Report of the Indian Hemp Drugs Commission, 1894-1895 - Volume V
Year: 1894
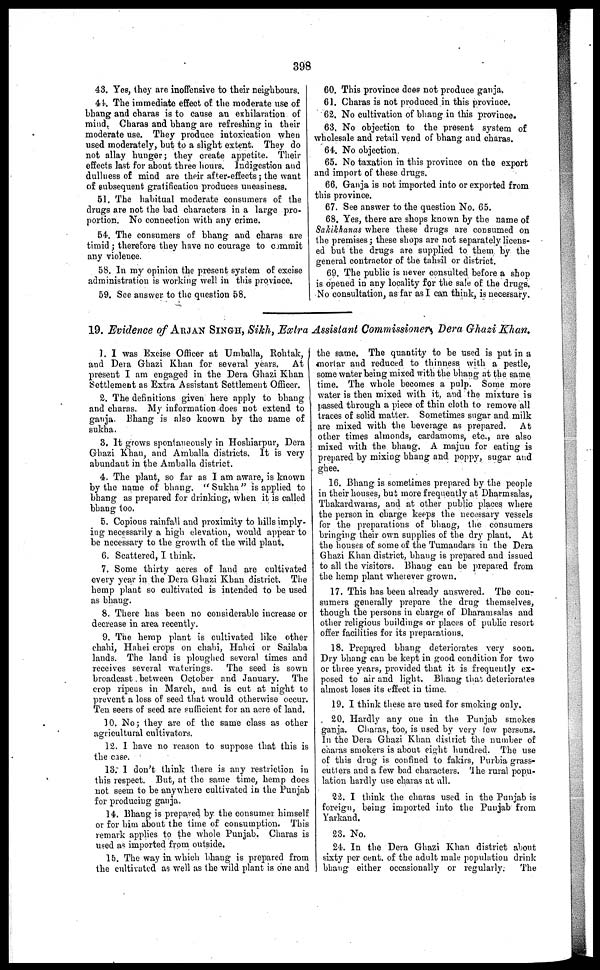
398
43. Yes, they are inoffensive to their neighbours.
44. The immediate effect of the moderate use of
bhang and charas is to cause an exhilaration of
mind. Charas and bhang are refreshing in their
moderate use. They produce intoxication when
used moderately, but to a slight extent. They do
not allay hunger; they create appetite. Their
effects last for about three hours. Indigestion and
dullness of mind are their after-effects; the want
of subsequent gratification produces uneasiness.
61. The habitual moderate consumers of the
drugs are not the bad characters in a large pro-
portion. No connection with any crime.
54. The consumers of bhang and charas are
timid; therefore they have no courage to commit
any violence.
58. In my opinion the present system of excise
administration is working well in this province.
59. See answer to the question 58.
60. This province does not produce ganja.
61. Charas is not produced in this province.
62. No cultivation of bhang in this province.
63. No objection to the present system of
wholesale and retail vend of bhang and charas.
64. No objection.
65. No taxation in this province on the export
and import of these drugs.
66. Ganja is not imported into or exported from
this province.
67. See answer to the question No. 65.
68. Yes, there are shops known by the name of
Sakikhanas where these drugs are consumed on
the premises; these shops are not separately licens-
ed but the drugs are supplied to them by the
general contractor of the tahsil or district.
69. The public is never consulted before a shop
is opened in any locality for the sale of the drugs.
No consultation, as far as I can think, is necessary.
19. Evidence of ARJAN SINGH, Sikh, Extra Assistant Commissioner, Dera Ghazi Khan.
1. I was Excise Officer at Umballa, Rohtak,
and Dera Ghazi Khan for several years. At
present I am engaged in the Dera Ghazi Khan
Settlement as Extra Assistant Settlement Officer.
2. The definitions given here apply to bhang
and charas. My information does not extend to
ganja. Bhang is also known by the name of
sukha.
3. It grows spontaneously in Hoshiarpur, Dera
Ghazi Khan, and Amballa districts. It is very
abundant in the Amballa district.
4. The plant, so far as I am aware, is known
by the name of bhang. "Sukha" is applied to
bhang as prepared for drinking, when it is called
bhang too.
5. Copious rainfali and proximity to hills imply-
ing necessarily a high elevation, would appear to
be necessary to the growth of the wild plant.
6. Scattered, I think.
7. Some thirty acres of land are cultivated
every year in the Dera Ghazi Khan district. The
hemp plant so cultivated is intended to be used
as bhang.
8. There has been no considerable increase or
decrease in area recently.
9. The hemp plant is cultivated like other
chahi, Hahei crops on chahi, Hahci or Sailaba
lands. The land is ploughed several times and
receives several waterings. The seed is sown
broadcast between October and January. The
crop ripeus in March, and is cut at night to
prevent a loss of seed that would otherwise occur.
Ten seers of seed are sufficient for an acre of land.
10. No; they are of the same class as other
agricultural cultivators.
12. I have no reason to suppose that this is
the case.
13. I don't think there is any restriction in
this respect. But, at the same time, hemp does
not seem to be anywhere cultivated in the Punjab
for producing ganja.
14. Bhang is prepared by the consumer himself
or for him about the time of consumption. This
remark applies to the whole Punjab. Charas is
used as imported from outside.
15. The way in which bhang is prepared from
the cultivated as well as the wild plant is one and
the same. The quantity to be used is put in a
mortar and reduced to thinness with a pestle,
some water being mixed with the bhang at the same
time. The whole becomes a pulp. Some more
water is then mixed with it, and the mixture is
passed through a piece of thin cloth to remove all
traces of solid matter. Sometimes sugar and milk
are mixed with the beverage as prepared.
At
other times almonds, cardamoms, etc., are also
mixed with the bhang. A majun for eating is
prepared by mixing bhang and poppy, sugar and
ghee.
16. Bhang is sometimes prepared by the people
in their houses, but more frequently at Dharmsalas,
Thakardwaras, and at other public places where
the person in charge keeps the necessary vessels
for the preparations of bhang, the consumers
bringing their own supplies of the dry plant. At
the houses of some of the Tumandars in the Dera
Ghazi Khan district, bhang is prepared and issued
to all the visitors. Bhang can be prepared from
the hemp plant wherever grown.
17. This has been already answered. The con-
sumers generally prepare the drug themselves,
though the persons in charge of Dharamsalas and
other religious buildings or places of public resort
offer facilities for its preparations.
18. Prepared bhang deteriorates very soon.
Dry bhang can be kept in good condition for two
or three years, provided that it is frequently ex-
posed to air and light. Bhang that, deteriorates
almost loses its effect in time.
19. I think these are used for smoking only.
20. Hardly any one in the Punjab smokes
ganja. Charas, too, is used by very few persons.
In the Dera Ghazi Khan district the number of
charas smokers is about eight hundred. The use
of this drug is confined to fakirs, Purbia grass-
cutters and a few bad characters. The rural popu-
lation hardly use charas at all.
22. I think the charas used in the Punjab is
foreign, being imported into the Punjab from
Yarkand.
23. No.
24. In the Dera Ghazi Khan district about
sixty per cent. of the adult male population drink
bhang either occasionally or regularly.
The